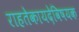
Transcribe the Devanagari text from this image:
राहतेकायदेविषयक